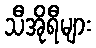
သီအိုရီများ